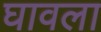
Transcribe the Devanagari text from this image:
घावला